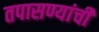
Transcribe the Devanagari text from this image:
तपासण्यांची